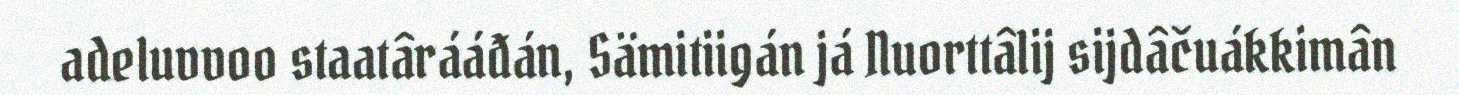
adeluvvoo staatârááđán, Sämitiigán já Nuorttâlij sijdâčuákkimân